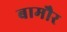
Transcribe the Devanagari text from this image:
बामौर